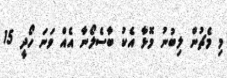
މި މެޗުން ލިބުނު މޮޅާ އެކު ބާސެލޯނާ އެއް ވަނަ ހޯދީ 15